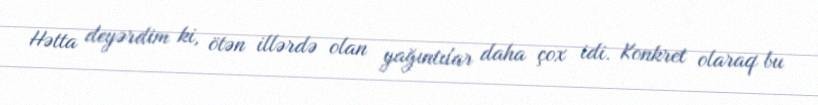
Hətta deyərdim ki, ötən illərdə olan yağıntılar daha çox idi. Konkret olaraq bu